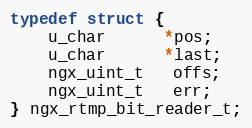
Language: C
typedef struct {
    u_char      *pos;
    u_char      *last;
    ngx_uint_t   offs;
    ngx_uint_t   err;
} ngx_rtmp_bit_reader_t;